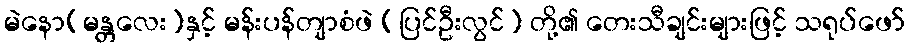
မဲနော(မန္တလေး)နှင့် မန်းပန်တျာစံဖဲ (ပြင်ဦးလွင်) တို့၏ တေးသီချင်းများဖြင့် သရုပ်ဖော်